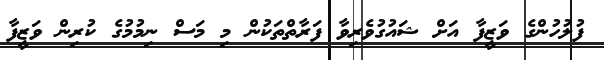
ފުލުހުންގެ ވަޒީފާ އަށް ޝައުގުވެރިވާ ފަރާތްތަކުން މި މަސް ނިމުމުގެ ކުރިން ވަޒީފާ